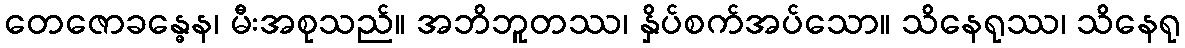
တေဇောခန္ဓေန၊ မီးအစုသည်။ အဘိဘူတဿ၊ နှိပ်စက်အပ်သော။ သိနေရုဿ၊ သိနေရု